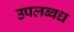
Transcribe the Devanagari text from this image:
उपलब्बध